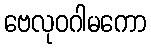
ဗေလုဝဂါမကော